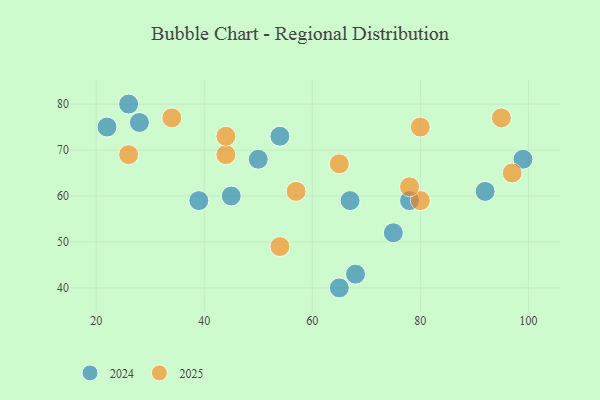
{"axis": {"x": "GDP", "y": "Life Expectancy"}, "legend": ["2024", "2025"], "data": [{"x": "54", "y": 73, "type": "2024"}, {"x": "39", "y": 59, "type": "2024"}, {"x": "92", "y": 61, "type": "2024"}, {"x": "78", "y": 59, "type": "2024"}, {"x": "45", "y": 60, "type": "2024"}, {"x": "99", "y": 68, "type": "2024"}, {"x": "50", "y": 68, "type": "2024"}, {"x": "67", "y": 59, "type": "2024"}, {"x": "28", "y": 76, "type": "2024"}, {"x": "26", "y": 80, "type": "2024"}, {"x": "68", "y": 43, "type": "2024"}, {"x": "65", "y": 40, "type": "2024"}, {"x": "22", "y": 75, "type": "2024"}, {"x": "75", "y": 52, "type": "2024"}, {"x": "54", "y": 49, "type": "2025"}, {"x": "57", "y": 61, "type": "2025"}, {"x": "44", "y": 69, "type": "2025"}, {"x": "95", "y": 77, "type": "2025"}, {"x": "44", "y": 73, "type": "2025"}, {"x": "80", "y": 59, "type": "2025"}, {"x": "26", "y": 69, "type": "2025"}, {"x": "80", "y": 75, "type": "2025"}, {"x": "34", "y": 77, "type": "2025"}, {"x": "78", "y": 62, "type": "2025"}, {"x": "65", "y": 67, "type": "2025"}, {"x": "97", "y": 65, "type": "2025"}]}